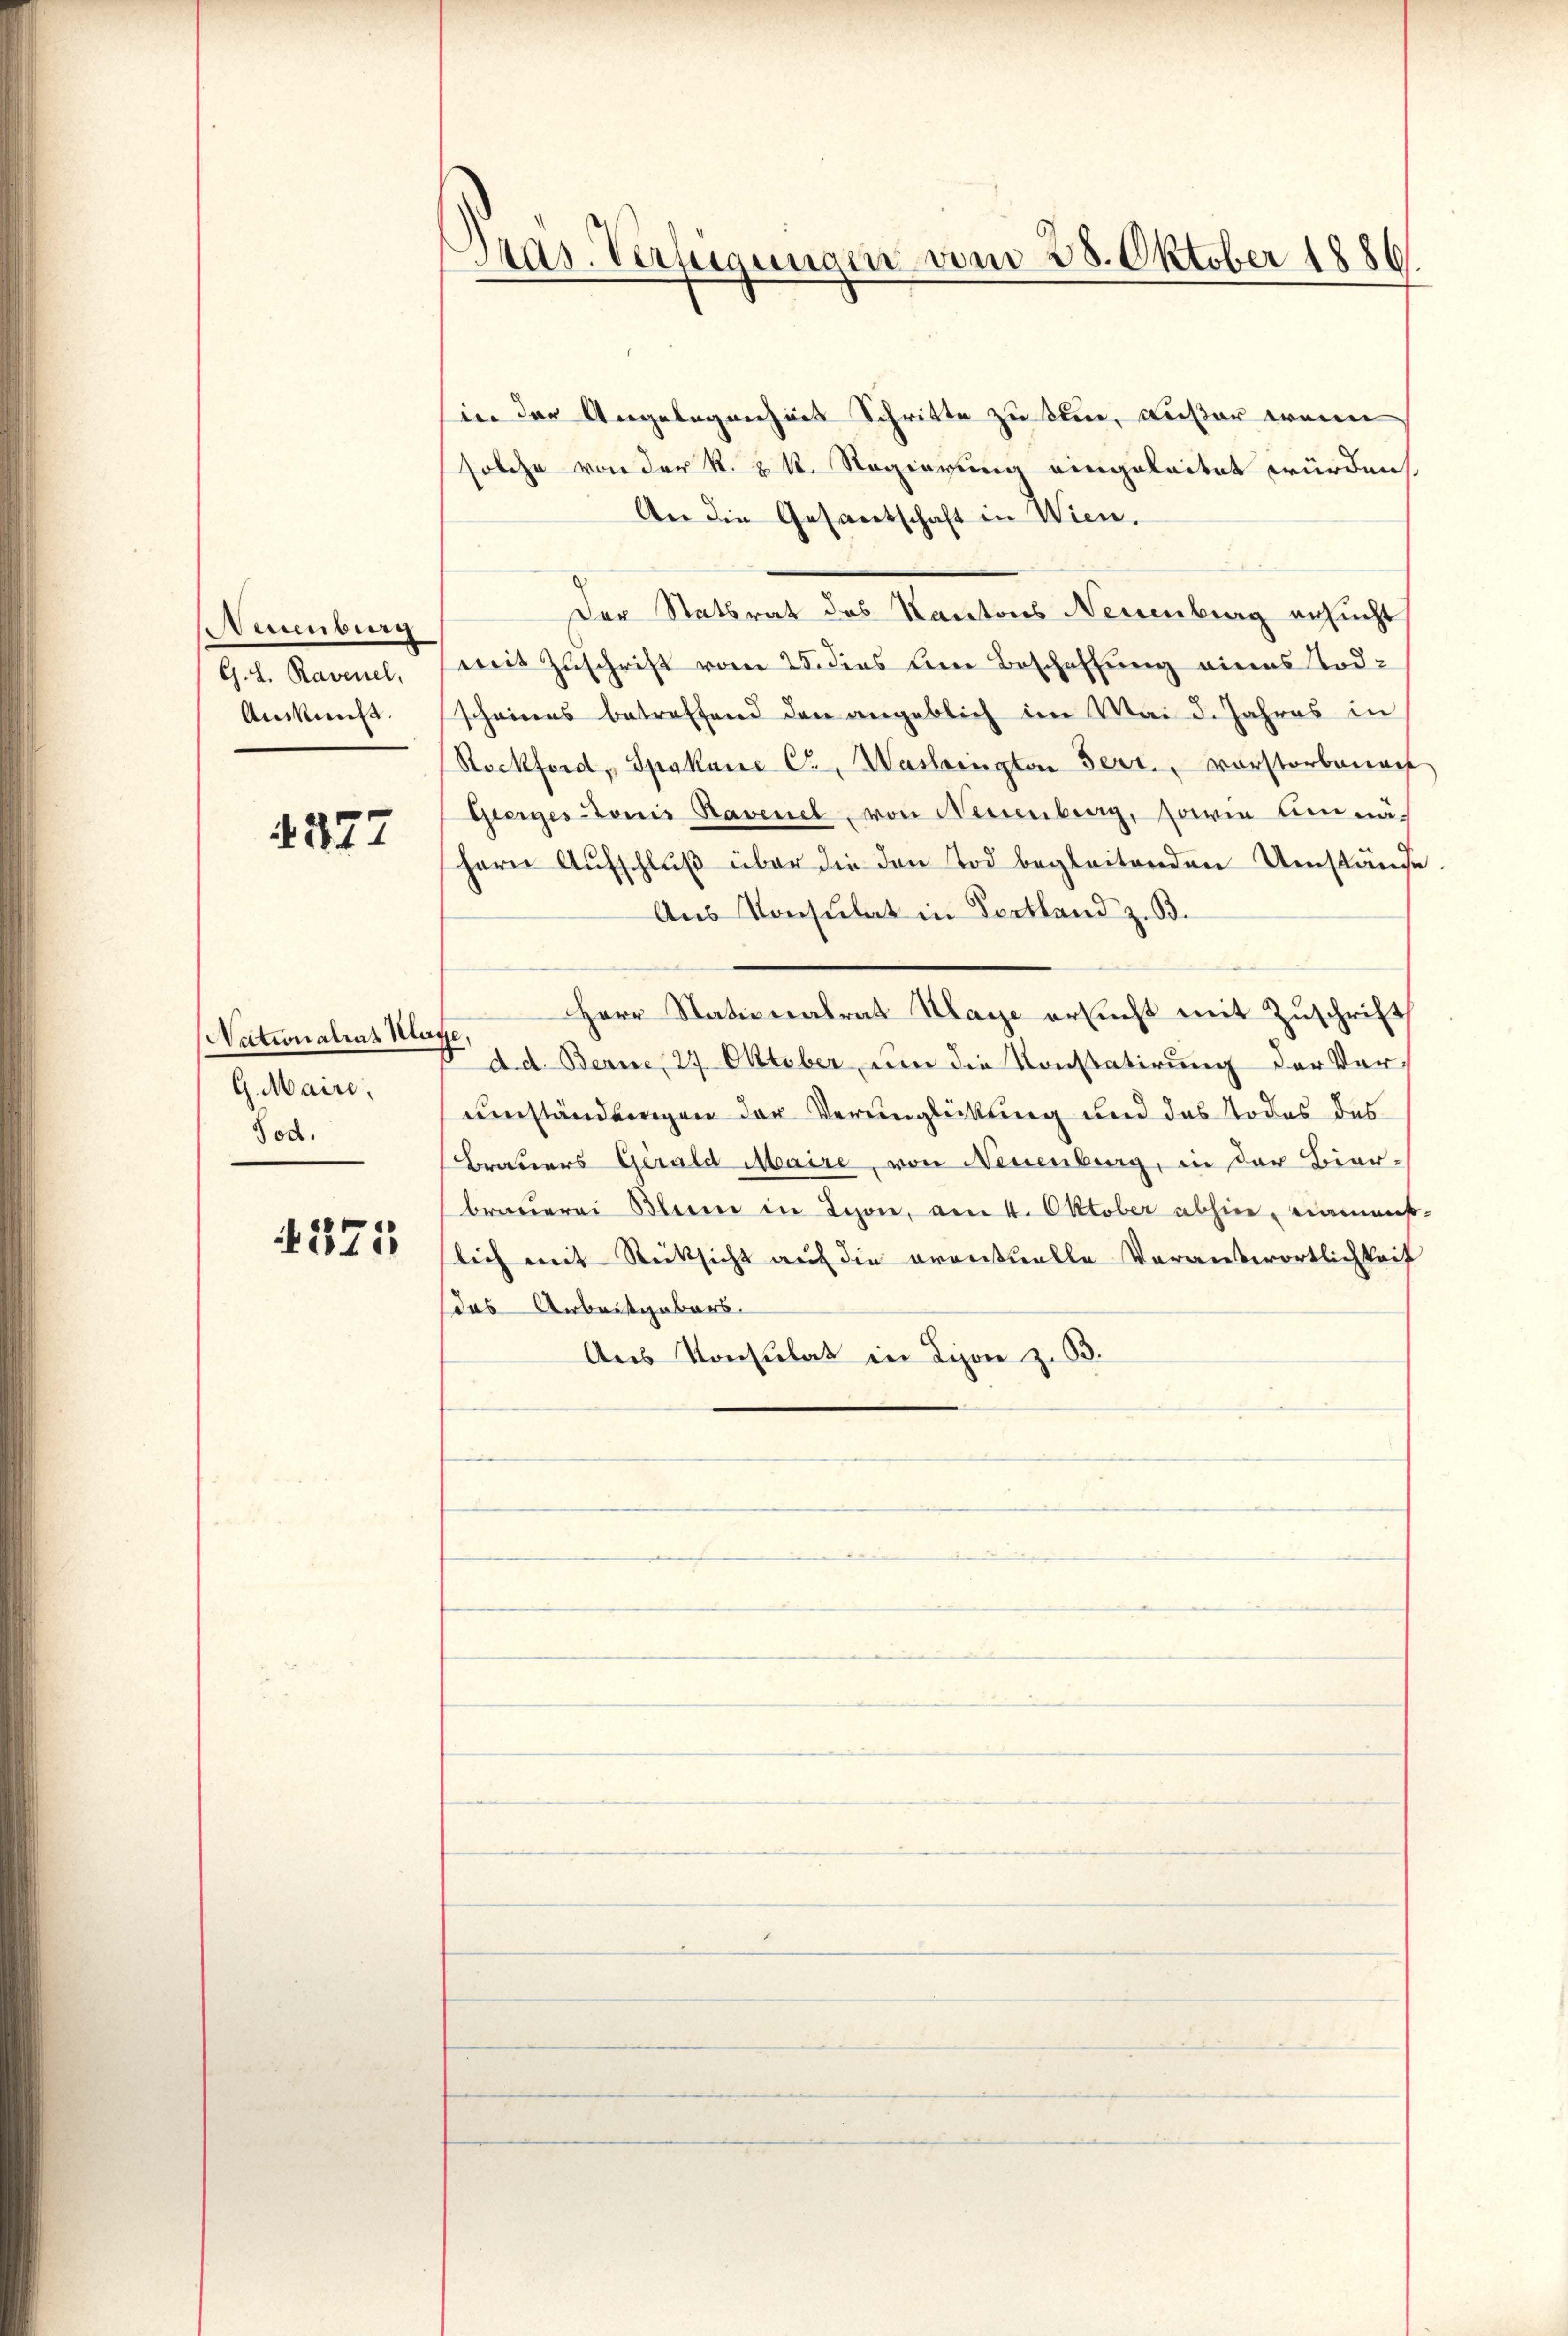
Auenburg
G. L. Ravenel,
Auskunft.

4277

Nationalias Kla
G. Maire,
Tod.

375

Pras. Verfügungen vom 28. Oktober 1886

in der Angelegenheit Schritte zu sein, außer wenn
solche von der R. R. Regierung eingeleitet würden
An die Gesantschaft in Wien.
Der Stattrat des Kantons Neuenburg ersucht
mit Zuschrift vom 25. dies die Beschaffung eines Todscheines betreffend den angeblich im Mai d. Jahres in
Rockford, Spakane Cr, Washingten Fert. Vorstorbenach
Geergestoris Ravenel, von Neuenburg, sowie Einnah
hern Aŭfschlŭβ über die den Tod begleitenden Umstände
Aus Konsulat in Fortland z. B.
Herr Nationalrat Klage ersucht mit Zuschrift
z
d. d. Berne, 27. Oktober, um die Konstatirung der Verumständungen der Verunglückung und das Todes des
Brauers Gerald Maire, von Neuenburg, in der Bier-
braŭerei Blum in Lyon, am 4. Oktober abhin, einmaus-
lich mit Rücksicht auf die orantuelle Verantwortlichkeit
das Anbristgabars.
Aus Konsulat in Lion z. B.